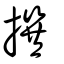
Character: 撰